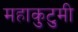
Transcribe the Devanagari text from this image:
महाकुटुमी